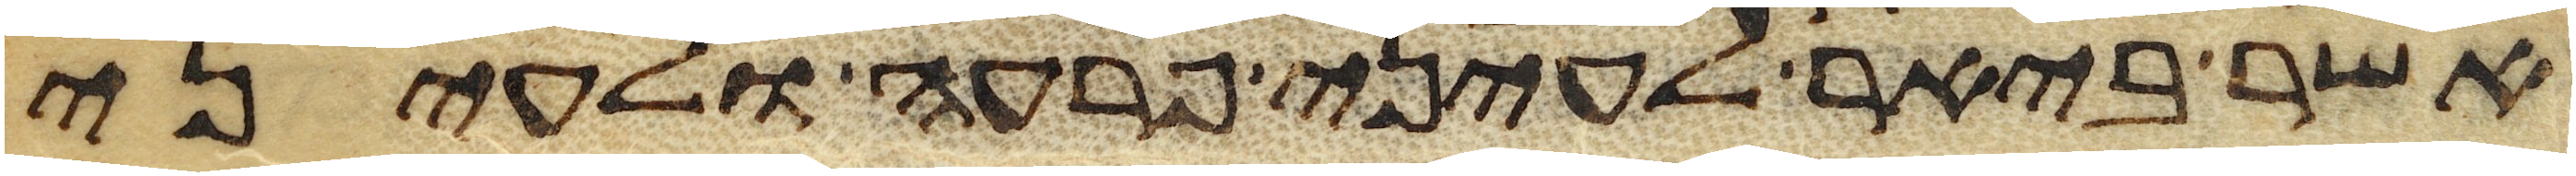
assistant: אשר ביאר לעיני פרעה ולעיני